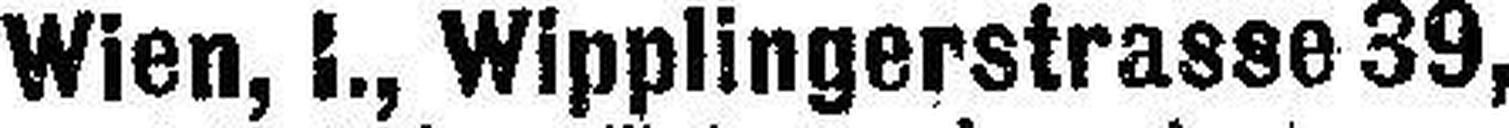
Wien, I., Wipplingerstrasse 39,